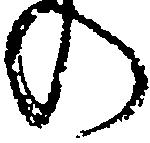
の